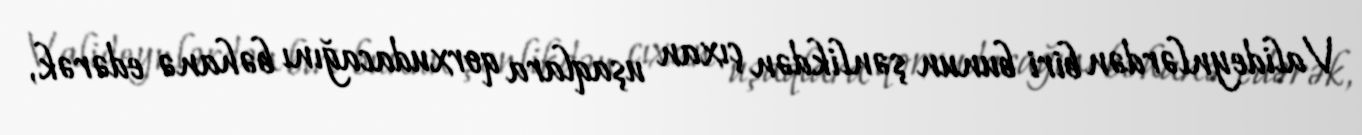
Valideynlərdən biri bunun şənlikdən çıxan uşaqlara qorxudacağını bəhanə edərək,